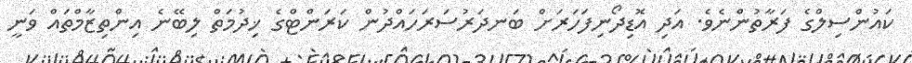
ކައުންސިލްގެ ފަރާތުންނެވެ. އަދި އޮޑިދޯނިފަހަރަށް ބަނދަރުސަރަހައްދުން ކަރަންޓްގެ ޚިދުމަތް ލިބޭނެ އިންތިޒާމްތައް ވަނީ